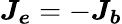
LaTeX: \boldsymbol{J_{e}}=-\boldsymbol{J_{b}}